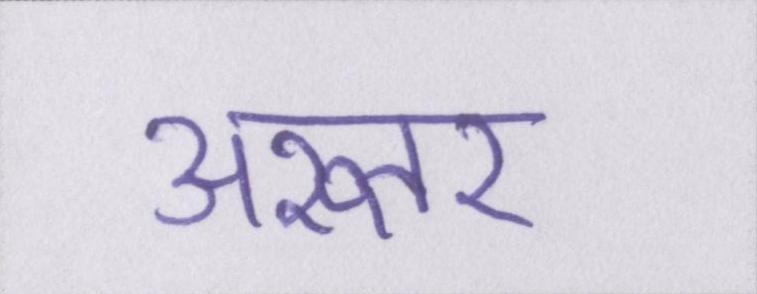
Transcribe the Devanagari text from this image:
अख्तर